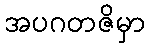
အပဂတဇိမှာ